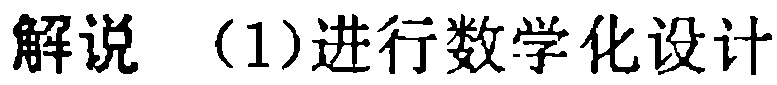
解说 （1）进行数学化设计